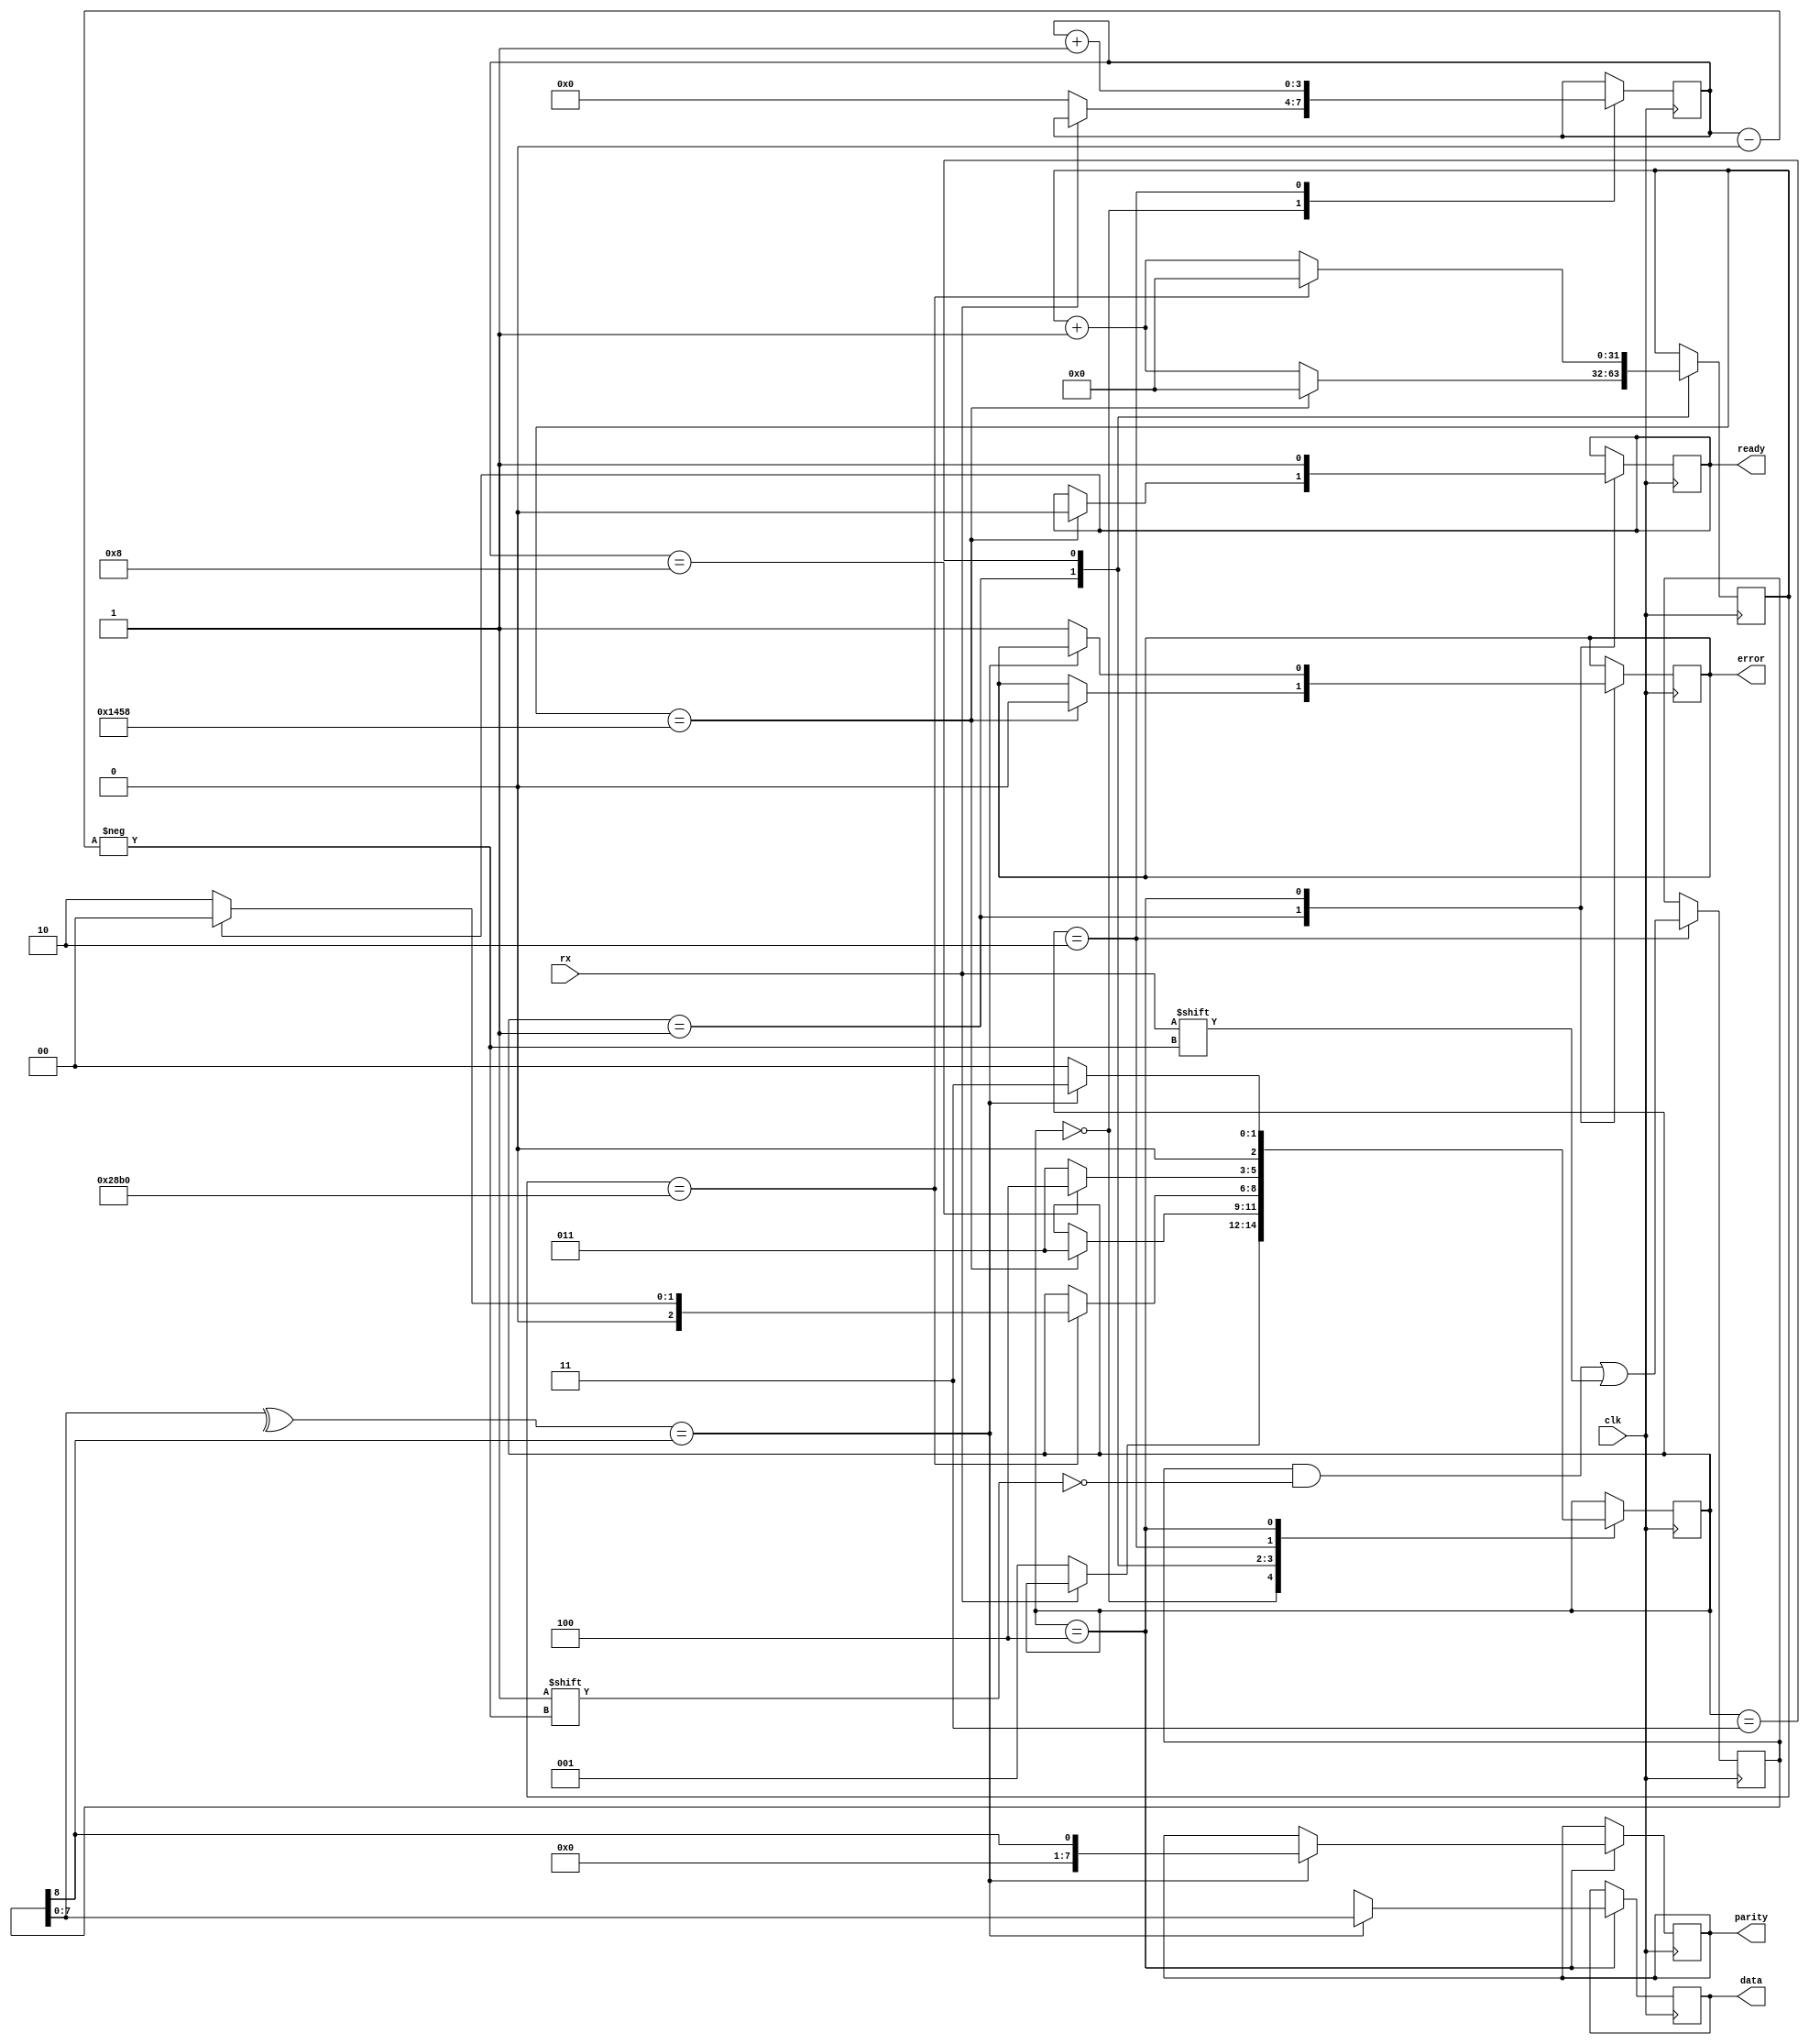
`timescale 1ns / 1ps
//////////////////////////////////////////////////////////////////////////////////
// Company: 
// 
// Design Name: 
// Module Name: UART_Rx_ctrl
// Project Name: 
// Target Devices: 
// Tool Versions: 
// Description: 
// 
// Dependencies: 
// 
// Revision:
// Revision 0.01 - File Created
// Additional Comments:
// 
//////////////////////////////////////////////////////////////////////////////////


module UART_Rx_ctrl(clk, rx, data, parity, ready, error);

input clk, rx;
output reg [7:0] data;
output reg [7:0] parity;
output reg ready = 0;
output reg error = 0;

parameter baud = 9600;

localparam RDY=3'b000, START=3'b001, RECEIVE=3'b010, WAIT=3'b011, CHECK=3'b100;

reg[2:0] state = RDY;
localparam[31:0] baud_timer = 100000000/baud;

reg [31:0] timer = 32'b0;
reg [3:0] bitIndex = 3'b0;
reg [8:0] rxdata;

always @ (posedge clk)
    case(state)
        RDY:
            if(rx == 1'b0)
                begin
                    state <= START;
                    bitIndex <= 3'b0;
                end
                
        START:
            if(timer == baud_timer/2)
                begin
                    state <= WAIT;
                    timer <= 14'b0;
                    error <= 1'b0;
                    ready <= 1'b0;
                end
            else
                timer <= timer + 1'b1;
            
        WAIT:
            if(timer == baud_timer)
                begin
                    timer <= 14'b0;
                    if (ready) state <= RDY;
                    else state <= RECEIVE;
                end
            else 
                timer <= timer + 1'b1;
            
        RECEIVE:
            begin
                rxdata[bitIndex] <= rx;
                bitIndex <= bitIndex + 1'b1;
                if (bitIndex == 4'd8) state <= CHECK;
                else state <= WAIT;
            end
        CHECK:
            if (^rxdata[7:0] == rxdata[8])
                begin
                    ready <= 1'b1;
                    state <= WAIT;
                    data <= rxdata[7:0];
                    parity <= rxdata[8];
                end
            else
                begin
                    ready <= 1'b1;
                    data[7:0] <= 8'bx;
                    error <= 1'b1;
                    state <= RDY;
                end
    endcase
endmodule